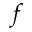
f